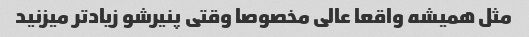
مثل همیشه واقعا عالی مخصوصا وقتی پنیرشو زیاد‌تر میزنید